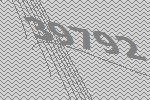
39792